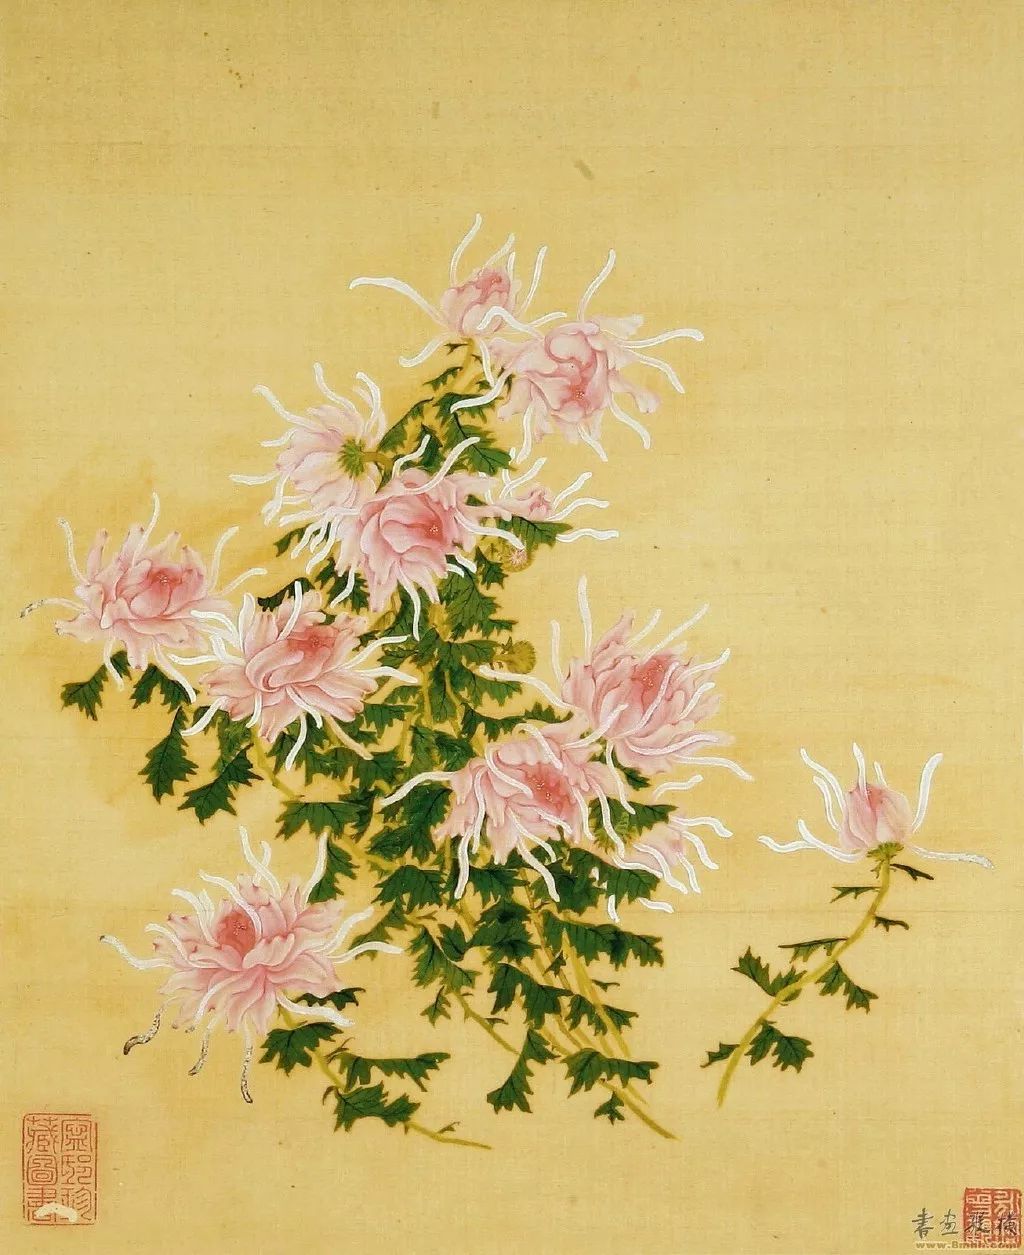
何期今日酒，忽对故园花。